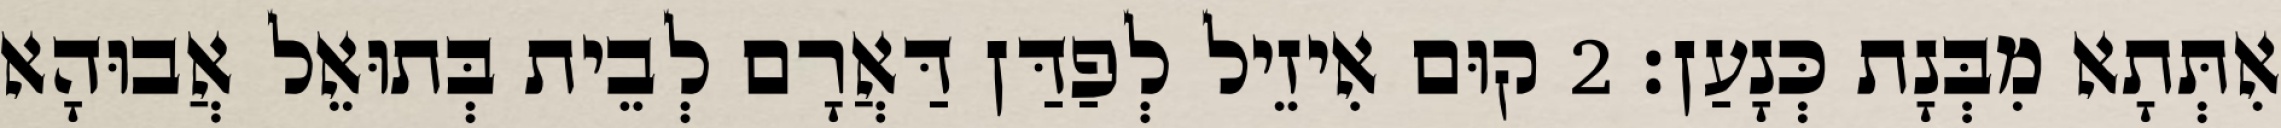
אִתְּתָא מִבְּנָת כְּנָעַן׃ 2 קוּם אִיזֵיל לְפַדַּן דַּאֲרָם לְבֵית בְּתוּאֵל אֲבוּהָא